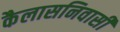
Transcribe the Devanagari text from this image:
कैलासनिवासी